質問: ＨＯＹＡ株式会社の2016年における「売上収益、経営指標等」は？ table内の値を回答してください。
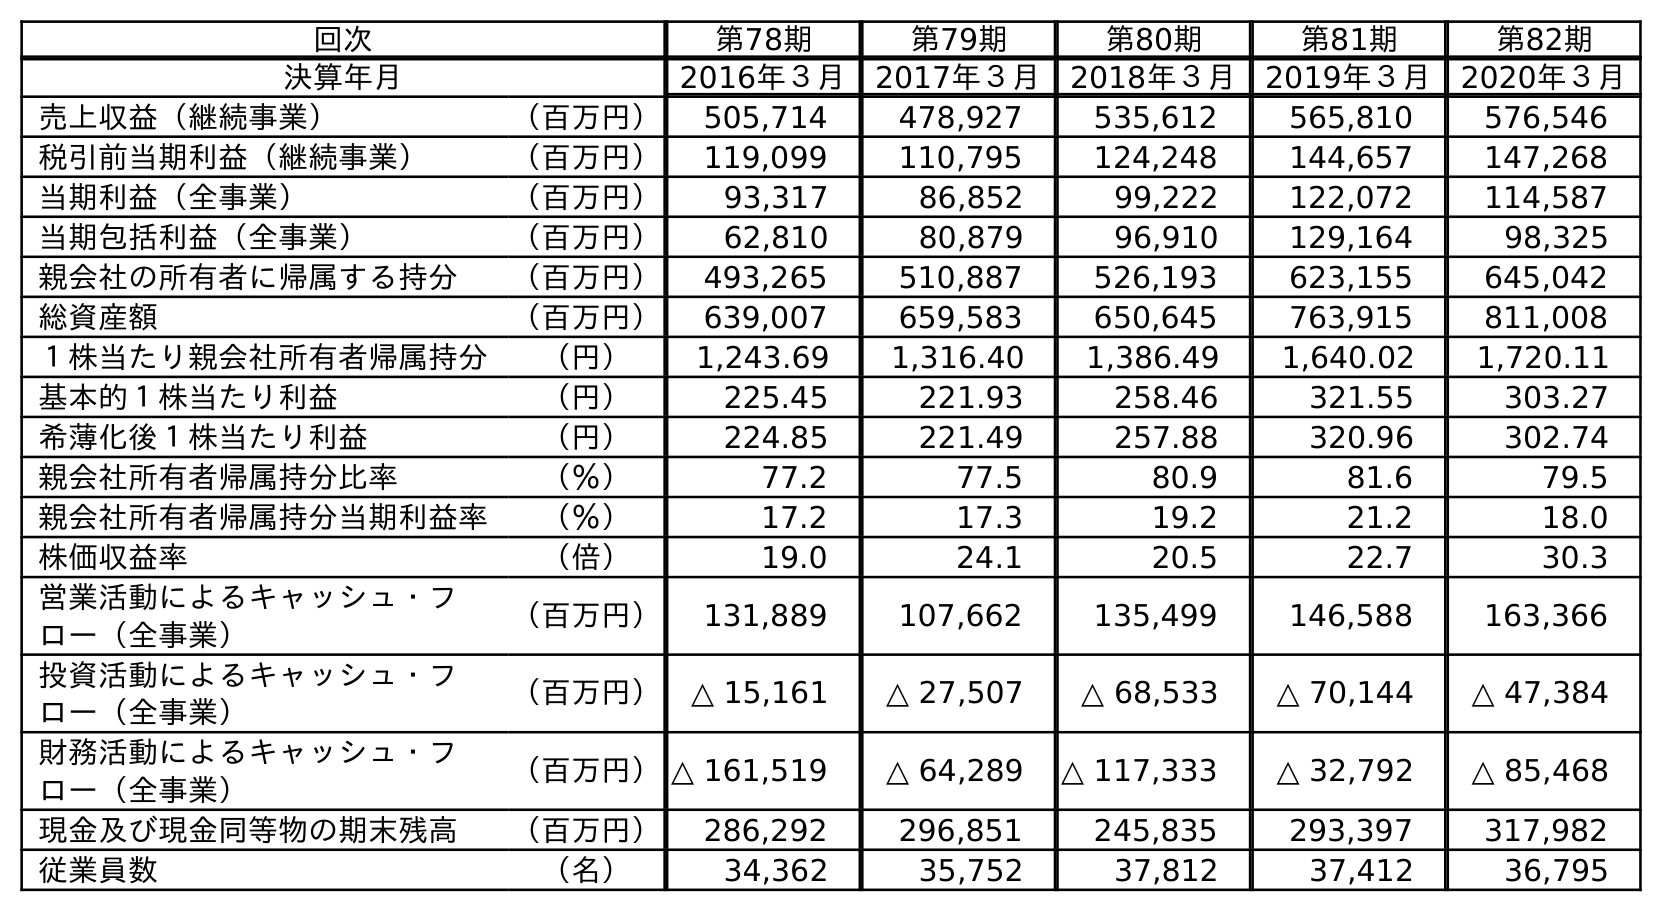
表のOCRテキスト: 回次 第78期 第79期 第80期 第81期 第82期 決算年月 2016年３月 2017年３月 2018年３月 2019年３月 2020年３月 売上収益（継続事業） （百万円） 505,714 478,927 535,612 565,810 576,546 税引前当期利益（継続事業） （百万円） 119,099 110,795 124,248 144,657 147,268 当期利益（全事業） （百万円） 93,317 86,852 99,222 122,072 114,587 当期包括利益（全事業） （百万円） 62,810 80,879 96,910 129,164 98,325 親会社の所有者に帰属する持分 （百万円） 493,265 510,887 526,193 623,155 645,042 総資産額 （百万円） 639,007 659,583 650,645 763,915 811,008 １株当たり親会社所有者帰属持分 （円） 1,243.69 1,316.40 1,386.49 1,640.02 1,720.11 基本的１株当たり利益 （円） 225.45 221.93 258.46 321.55 303.27 希薄化後１株当たり利益 （円） 224.85 221.49 257.88 320.96 302.74 親会社所有者帰属持分比率 （％） 77.2 77.5 80.9 81.6 79.5 親会社所有者帰属持分当期利益率 （％） 17.2 17.3 19.2 21.2 18.0 株価収益率 （倍） 19.0 24.1 20.5 22.7 30.3 営業活動によるキャッシュ・フ ロー（全事業） （百万円） 131,889 107,662 135,499 146,588 163,366 投資活動によるキャッシュ・フ ロー（全事業） （百万円） △ 15,161 △ 27,507 △ 68,533 △ 70,144 △ 47,384 財務活動によるキャッシュ・フ ロー（全事業） （百万円）△ 161,519 △ 64,289 △ 117,333 △ 32,792 △ 85,468 現金及び現金同等物の期末残高 （百万円） 286,292 296,851 245,835 293,397 317,982 従業員数 （名） 34,362 35,752 37,812 37,412 36,795
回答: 505,714